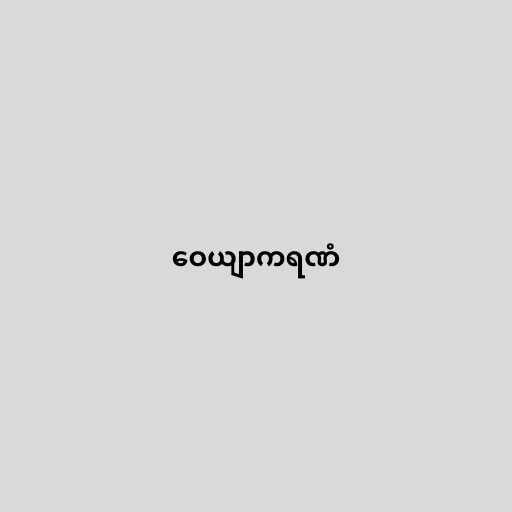
ဝေယျာကရဏံ